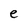
Character: e